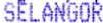
SELANGOR